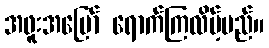
အဖူးအမြော် ရောက်ကြလိမ့်မည်။